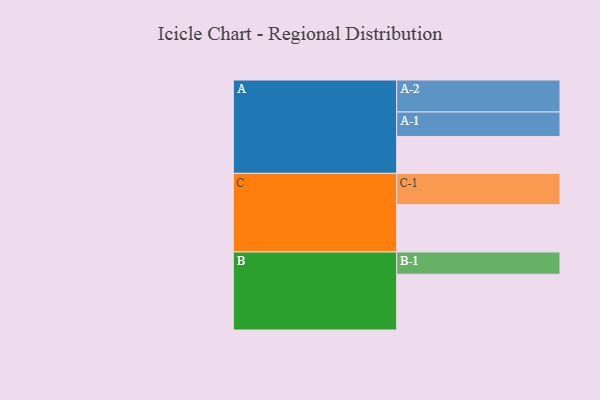
{"axis": {"x": "Segment", "y": "Value"}, "legend": ["", "A", "B", "C"], "data": [{"x": "A", "y": 308, "type": ""}, {"x": "B", "y": 465, "type": ""}, {"x": "C", "y": 395, "type": ""}, {"x": "A-1", "y": 204, "type": "A"}, {"x": "A-2", "y": 267, "type": "A"}, {"x": "B-1", "y": 186, "type": "B"}, {"x": "C-1", "y": 261, "type": "C"}]}